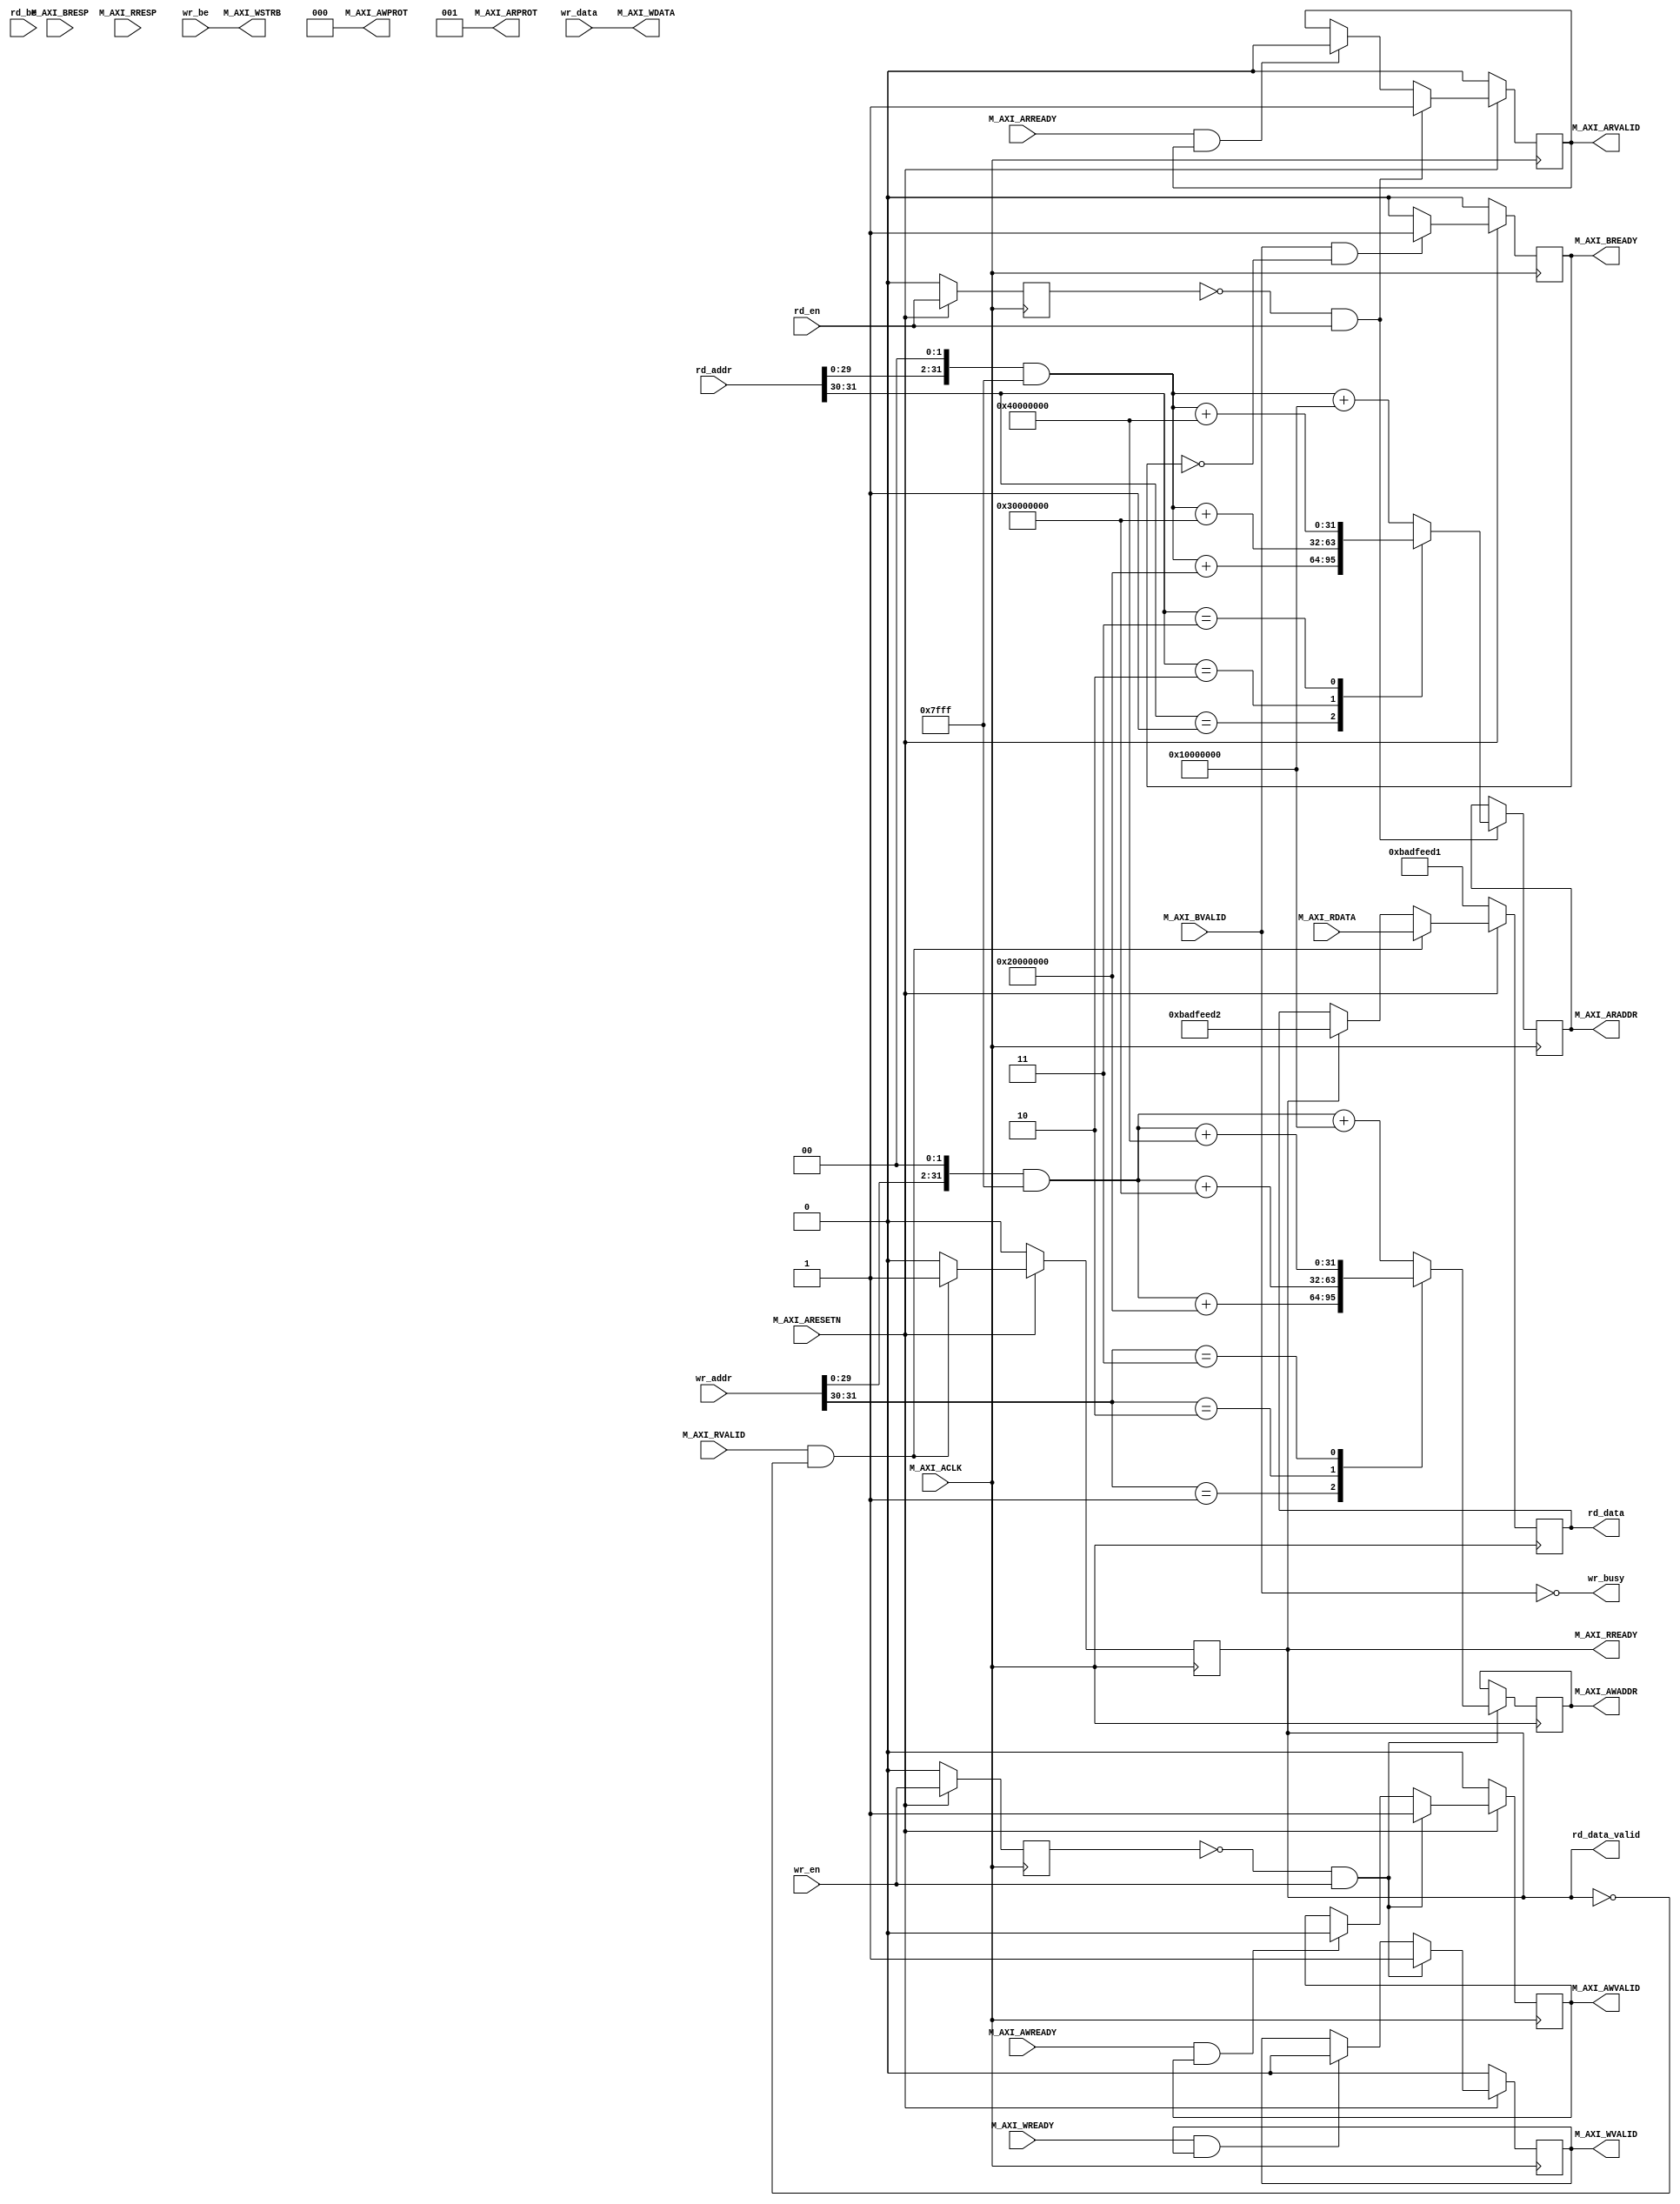
module axi_lite_master_if #
(
        parameter BIG_ENDIAN                    = 1'b0,
        parameter AXI_BAR_0_ADDR                = 32'h10000000,
        parameter AXI_BAR_0_MASK                = 32'hFFFF8000,
        parameter AXI_BAR_1_ADDR                = 32'h20000000,
        parameter AXI_BAR_1_MASK                = 32'hFFFF8000,
        parameter AXI_BAR_2_ADDR                = 32'h30000000,
        parameter AXI_BAR_2_MASK                = 32'hFFFF8000,
        parameter AXI_BAR_3_ADDR                = 32'h40000000,
        parameter AXI_BAR_3_MASK                = 32'hFFFF8000
)
(
        input  [31:0]    rd_addr,
        input            rd_en,
        input  [3:0]     rd_be,
        output [31:0]    rd_data,
        output           rd_data_valid,

        input  [31:0]    wr_addr,
        input  [3:0]     wr_be,
        input  [31:0]    wr_data,
        input            wr_en,
        output            wr_busy,
        input wire  M_AXI_ACLK,
        input wire  M_AXI_ARESETN,
        output wire [31 : 0] M_AXI_AWADDR,
        output wire [2 : 0] M_AXI_AWPROT,
        output wire  M_AXI_AWVALID,
        input wire  M_AXI_AWREADY,
        output wire [31 : 0] M_AXI_WDATA,
        output wire [3 : 0] M_AXI_WSTRB,
        output wire  M_AXI_WVALID,
        input wire  M_AXI_WREADY,
        input wire [1 : 0] M_AXI_BRESP,
        input wire  M_AXI_BVALID,
        output wire  M_AXI_BREADY,
        output wire [31 : 0] M_AXI_ARADDR,
        output wire [2 : 0] M_AXI_ARPROT,
        output wire  M_AXI_ARVALID,
        input wire  M_AXI_ARREADY,
        input wire [31 : 0] M_AXI_RDATA,
        input wire [1 : 0] M_AXI_RRESP,
        input wire  M_AXI_RVALID,
        output wire  M_AXI_RREADY
);

reg [3:0] AXI_BAR_ADDR;
reg  [31 : 0] i_M_AXI_ARADDR;
wire [1:0] AXI_RD_BAR_INDEX;
reg  [31 : 0] i_M_AXI_AWADDR;
wire [1:0] AXI_WR_BAR_INDEX;
reg  	axi_awvalid;
reg  	axi_wvalid;
reg  	axi_arvalid;
reg  	axi_rready;
reg  	axi_bready;
reg [31 : 0] axi_rddata;

reg     wr_en_i0;
wire    wr_en_pulse;

reg     rd_en_i0;
wire    rd_en_pulse;


//Adding the offset address to the base addr of the slave
assign AXI_WR_BAR_INDEX    = wr_addr[31:30]; 
assign M_AXI_AWADDR	= i_M_AXI_AWADDR;
assign M_AXI_AWPROT	= 3'b000;
assign M_AXI_AWVALID	= axi_awvalid;
assign M_AXI_WVALID	= axi_wvalid;
//Set all byte strobes in this example
//Write Response (B)
assign M_AXI_BREADY	= axi_bready;
//Read Address (AR)
assign AXI_RD_BAR_INDEX    = rd_addr[31:30]; 
assign M_AXI_ARADDR	= i_M_AXI_ARADDR;
assign M_AXI_ARVALID	= axi_arvalid;
assign M_AXI_ARPROT	= 3'b001;
//Read and Read Response (R)
assign M_AXI_RREADY	= axi_rready;
assign rd_data_valid = axi_rready;
assign wr_busy = ~M_AXI_BVALID;

generate 
    if (BIG_ENDIAN) begin
        assign rd_data = {axi_rddata[7:0], axi_rddata[15:8], axi_rddata[23:16], axi_rddata[31:24]};
        assign M_AXI_WDATA = {wr_data[7:0], wr_data[15:8], wr_data[23:16], wr_data[31:24]};
        assign M_AXI_WSTRB = {wr_be[0], wr_be[1], wr_be[2], wr_be[3]}; 
    end else begin
        assign rd_data = axi_rddata;
        assign M_AXI_WDATA = wr_data;
        assign M_AXI_WSTRB = wr_be; 
    end
endgenerate

  always @(posedge M_AXI_ACLK) begin                                                                        
    if (wr_en_pulse) begin 
        case (AXI_WR_BAR_INDEX)

          2'b01 : begin //BAR_1
            i_M_AXI_AWADDR	<= (({wr_addr[29:0], 2'b00}  & ~AXI_BAR_1_MASK) + AXI_BAR_1_ADDR);
          end // 2'b01

          2'b10 : begin //BAR_2
            i_M_AXI_AWADDR	<= (({wr_addr[29:0], 2'b00}  & ~AXI_BAR_2_MASK) + AXI_BAR_2_ADDR);
          end // 2'b10

          2'b11 : begin //BAR_3
            i_M_AXI_AWADDR	<= (({wr_addr[29:0], 2'b00}  & ~AXI_BAR_3_MASK) + AXI_BAR_3_ADDR);
          end // 2'b11

          default : begin //BAR_0
            i_M_AXI_AWADDR	<= (({wr_addr[29:0], 2'b00}  & ~AXI_BAR_0_MASK) + AXI_BAR_0_ADDR);
          end // default Bar_0

        endcase
    end

  end

  always @(posedge M_AXI_ACLK) begin                                                                        
    if (rd_en_pulse) begin 
        case (AXI_RD_BAR_INDEX)

          2'b01 : begin //BAR_1
            i_M_AXI_ARADDR	<= (({rd_addr[29:0], 2'b00}  & ~AXI_BAR_1_MASK) + AXI_BAR_1_ADDR);
          end // 2'b01

          2'b10 : begin //BAR_2
            i_M_AXI_ARADDR	<= (({rd_addr[29:0], 2'b00}  & ~AXI_BAR_2_MASK) + AXI_BAR_2_ADDR);
          end // 2'b10

          2'b11 : begin //BAR_3
            i_M_AXI_ARADDR	<= (({rd_addr[29:0], 2'b00}  & ~AXI_BAR_3_MASK) + AXI_BAR_3_ADDR);
          end // 2'b11

          default : begin //BAR_0
            i_M_AXI_ARADDR	<= (({rd_addr[29:0], 2'b00}  & ~AXI_BAR_0_MASK) + AXI_BAR_0_ADDR);
          end // default Bar_0

        endcase
    end

  end



  always @(posedge M_AXI_ACLK) begin                                                                        
    if (M_AXI_ARESETN == 0) begin
            wr_en_i0 <= 1'b0;
            rd_en_i0 <= 1'b0;
    end else begin
            wr_en_i0 <= wr_en;
            rd_en_i0 <= rd_en;
    end;
  end

  assign wr_en_pulse = (!wr_en_i0) && wr_en ;
  assign rd_en_pulse = (!rd_en_i0) && rd_en ;

  always @(posedge M_AXI_ACLK)										      
  begin                                                                        
    //Only VALID signals must be deasserted during reset per AXI spec          
    //Consider inverting then registering active-low reset for higher fmax     
    if (M_AXI_ARESETN == 0)
      begin                                                                    
        axi_awvalid <= 1'b0;                                                   
      end                                                                      
      //Signal a new address/data command is available by user logic           
    else                                                                       
      begin                                                                    
        if (wr_en_pulse)                                                
          begin                                                                
            axi_awvalid <= 1'b1;                                               
          end                                                                  
     //Address accepted by interconnect/slave (issue of M_AXI_AWREADY by slave)
        else if (M_AXI_AWREADY && axi_awvalid)                                 
          begin                                                                
            axi_awvalid <= 1'b0;                                               
          end                                                                  
      end                                                                      
  end                                                                          
                                                                               
                                                                               
//--------------------
//Write Data Channel
//--------------------

//The write data channel is for transfering the actual data.
//The data generation is speific to the example design, and 
//so only the WVALID/WREADY handshake is shown here

   always @(posedge M_AXI_ACLK)                                        
   begin                                                                         
     if (M_AXI_ARESETN == 0)
       begin                                                                     
         axi_wvalid <= 1'b0;                                                     
       end                                                                       
     //Signal a new address/data command is available by user logic              
     else if (wr_en_pulse)                                                
       begin                                                                     
         axi_wvalid <= 1'b1;                                                     
       end                                                                       
     //Data accepted by interconnect/slave (issue of M_AXI_WREADY by slave)      
     else if (M_AXI_WREADY && axi_wvalid)                                        
       begin                                                                     
        axi_wvalid <= 1'b0;                                                      
       end                                                                       
   end                                                                           


//----------------------------
//Write Response (B) Channel
//----------------------------

//The write response channel provides feedback that the write has committed
//to memory. BREADY will occur after both the data and the write address
//has arrived and been accepted by the slave, and can guarantee that no
//other accesses launched afterwards will be able to be reordered before it.

//The BRESP bit [1] is used indicate any errors from the interconnect or
//slave for the entire write burst. This example will capture the error.

//While not necessary per spec, it is advisable to reset READY signals in
//case of differing reset latencies between master/slave.

  always @(posedge M_AXI_ACLK)                                    
  begin                                                                
    if (M_AXI_ARESETN == 0)
      begin                                                            
        axi_bready <= 1'b0;                                            
      end                                                              
    // accept/acknowledge bresp with axi_bready by the master          
    // when M_AXI_BVALID is asserted by slave                          
    else if (M_AXI_BVALID && ~axi_bready)                              
      begin                                                            
        axi_bready <= 1'b1;                                            
      end                                                              
    // deassert after one clock cycle                                  
    else if (axi_bready)                                               
      begin                                                            
        axi_bready <= 1'b0;                                            
      end                                                              
    // retain the previous value                                       
    else                                                               
      axi_bready <= axi_bready;                                        
  end                                                                  
                                                                       

//----------------------------
//Read Address Channel
//----------------------------

//start_single_read triggers a new read transaction. read_index is a counter to
//keep track with number of read transaction issued/initiated

                                                                                   
  // A new axi_arvalid is asserted when there is a valid read address              
  // available by the master. start_single_read triggers a new read                
  // transaction                                                                   
  always @(posedge M_AXI_ACLK)                                                     
  begin                                                                            
    if (M_AXI_ARESETN == 0)
      begin                                                                        
        axi_arvalid <= 1'b0;                                                       
      end                                                                          
    //Signal a new read address command is available by user logic                 
    else if (rd_en_pulse)                                                    
      begin                                                                        
        axi_arvalid <= 1'b1;                                                       
      end                                                                          
    //RAddress accepted by interconnect/slave (issue of M_AXI_ARREADY by slave)    
    else if (M_AXI_ARREADY && axi_arvalid)                                         
      begin                                                                        
        axi_arvalid <= 1'b0;                                                       
      end                                                                          
    // retain the previous value                                                   
  end                                                                              


//--------------------------------
//Read Data (and Response) Channel
//--------------------------------

//The Read Data channel returns the results of the read request 
//The master will accept the read data by asserting axi_rready
//when there is a valid read data available.
//While not necessary per spec, it is advisable to reset READY signals in
//case of differing reset latencies between master/slave.

  always @(posedge M_AXI_ACLK)                                    
  begin                                                                 
    if (M_AXI_ARESETN == 0)
      begin                                                             
        axi_rready <= 1'b0;                                             
        axi_rddata <= 32'hbadfeed1;
      end                                                               
    // accept/acknowledge rdata/rresp with axi_rready by the master     
    // when M_AXI_RVALID is asserted by slave                           
    else if (M_AXI_RVALID && ~axi_rready)                               
      begin                                                             
        axi_rready <= 1'b1;                                             
        axi_rddata <= M_AXI_RDATA;
      end                                                               
    // deassert after one clock cycle                                   
    else if (axi_rready)                                                
      begin                                                             
        axi_rready <= 1'b0;                                             
        axi_rddata <= 32'hbadfeed2;
      end                                                               
    // retain the previous value                                        
  end                                                                   

endmodule